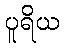
ပူရိယ